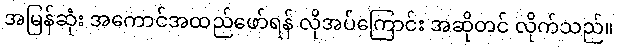
အမြန်ဆုံး အကောင်အထည်ဖော်ရန် လိုအပ်ကြောင်း အဆိုတင် လိုက်သည်။